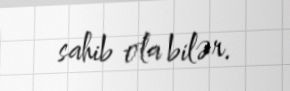
sahib ola bilər.